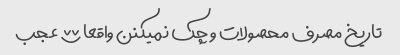
تاریخ مصرف محصولات و چک نمیکنن واقعا ؟؟؟؟؟ عجب